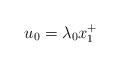
LaTeX: \begin{align*}u_0=\lambda_0x_1^+\end{align*}